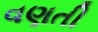
વણતી